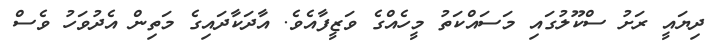
ދިޔައީ ރަށު ސްކޫލުގައި މަސައްކަތު މީހެއްގެ ވަޒީފާއެވެ. އާދަކާދައިގެ މަތިން އެދުވަހު ވެސް